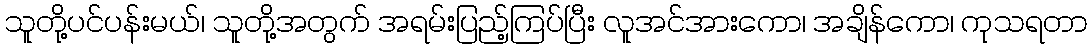
သူတို့ပင်ပန်းမယ်၊ သူတို့အတွက် အရမ်းပြည့်ကြပ်ပြီး လူအင်အားကော၊ အချိန်ကော၊ ကုသရတာ